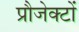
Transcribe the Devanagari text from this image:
प्रौजेक्टों